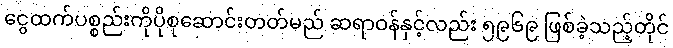
ငွေထက်ပစ္စည်းကိုပိုစုဆောင်းတတ်မည် ဆရာဝန်နှင့်လည်း ၅၉၆၉ ဖြစ်ခဲ့သည့်တိုင်